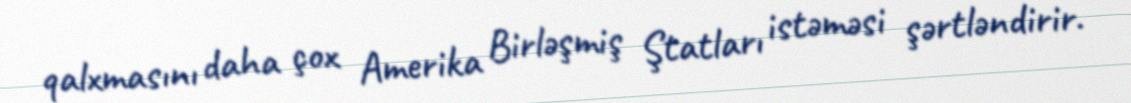
qalxmasını daha çox Amerika Birləşmiş Ştatları istəməsi şərtləndirir.